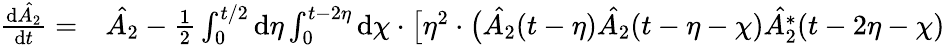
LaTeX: \begin{array}{rl}{\frac{\mathrm{d}\hat{A_{2}}}{\mathrm{d}t}=}&{{}\hat{A_{2}}-\frac{1}{2}\int_{0}^{t/2}\mathrm{d}\eta\int_{0}^{t-2\eta}\mathrm{d}\chi\cdot\bigl[\eta^{2}\cdot\bigl(\hat{A_{2}}(t-\eta)\hat{A_{2}}(t-\eta-\chi)\hat{A_{2}^{*}}(t-2\eta-\chi)}\end{array}